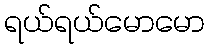
ရယ်ရယ်မောမော